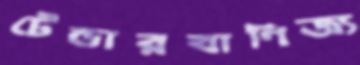
টেন্ডারবাণিজ্য